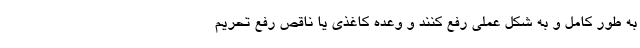
به طور کامل و به شکل عملی رفع کنند و وعده کاغذی یا ناقص رفع تحریم